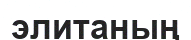
элитаның